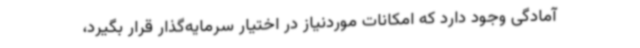
آمادگی وجود دارد که امکانات موردنیاز در اختیار سرمایه‌گذار قرار بگیرد،